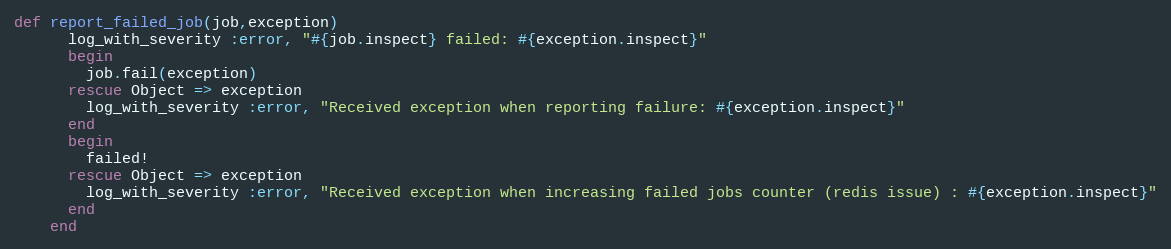
Language: Ruby
def report_failed_job(job,exception)
      log_with_severity :error, "#{job.inspect} failed: #{exception.inspect}"
      begin
        job.fail(exception)
      rescue Object => exception
        log_with_severity :error, "Received exception when reporting failure: #{exception.inspect}"
      end
      begin
        failed!
      rescue Object => exception
        log_with_severity :error, "Received exception when increasing failed jobs counter (redis issue) : #{exception.inspect}"
      end
    end